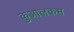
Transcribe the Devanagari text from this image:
कुआलकम